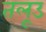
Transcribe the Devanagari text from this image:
तलूउ